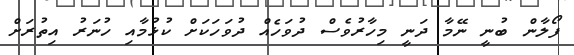
ފޯލާން ބުނީ ނޭމާ ދަނީ މިހާރުވެސް ދުވަހެއް ދުވަހަކަށް ކުޅުމާއި ހުނަރު އިތުރަށް